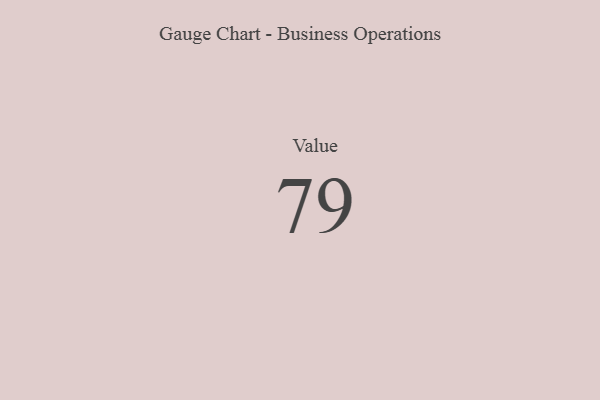
{"axis": {"x": "Metric", "y": "Value"}, "legend": [""], "data": [{"x": "Value", "y": 79, "type": ""}]}